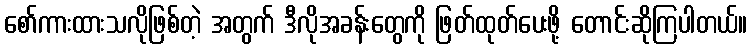
စော်ကားထားသလိုဖြစ်တဲ့ အတွက် ဒီလိုအခန်းတွေကို ဖြတ်ထုတ်ပေးဖို့ တောင်းဆိုကြပါတယ်။